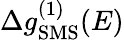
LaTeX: \Delta g_{\mathrm{SMS}}^{(1)}(E)